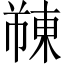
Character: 𫉓